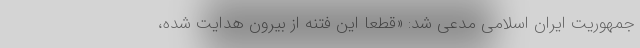
جمهوریت ایران اسلامی مدعی شد: «قطعاً این فتنه از بیرون هدایت شده،